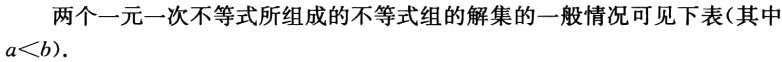
两个一元一次不等式所组成的不等式组的解集的一般情况可见下表(其中\(a < b\)).